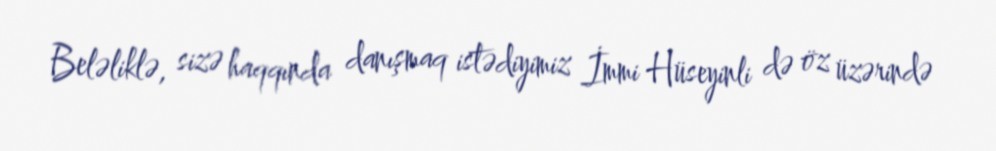
Beləliklə, sizə haqqında danışmaq istədiyimiz İmmi Hüseyinli də öz üzərində